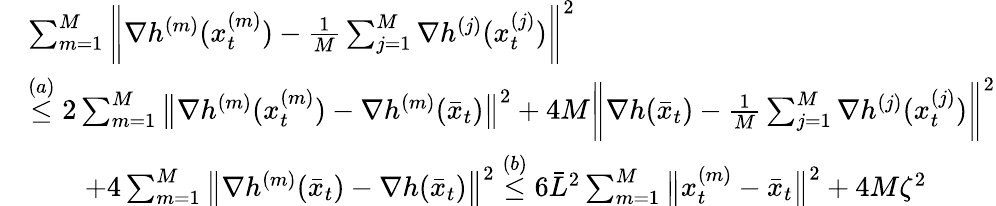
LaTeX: \begin{array}{rl}&{\sum_{m=1}^{M}\bigg\| \nabla h^{(m)}(x_{t}^{(m)})-\frac{1}{M}\sum_{j=1}^{M}\nabla h^{(j)}(x_{t}^{(j)})\bigg\| ^{2}}\\ &{\overset{(a)}{\leq}2\sum_{m=1}^{M}\big\| \nabla h^{(m)}(x_{t}^{(m)})-\nabla h^{(m)}(\bar{x}_{t})\big\| ^{2}+4M\bigg\| \nabla h(\bar{x}_{t})-\frac{1}{M}\sum_{j=1}^{M}\nabla h^{(j)}(x_{t}^{(j)})\bigg\| ^{2}}\\ &{\qquad+4\sum_{m=1}^{M}\big\| \nabla h^{(m)}(\bar{x}_{t})-\nabla h(\bar{x}_{t})\big\| ^{2}\overset{(b)}{\leq}6\bar{L}^{2}\sum_{m=1}^{M}\big\| x_{t}^{(m)}-\bar{x}_{t}\big\| ^{2}+4M\zeta^{2}}\end{array}